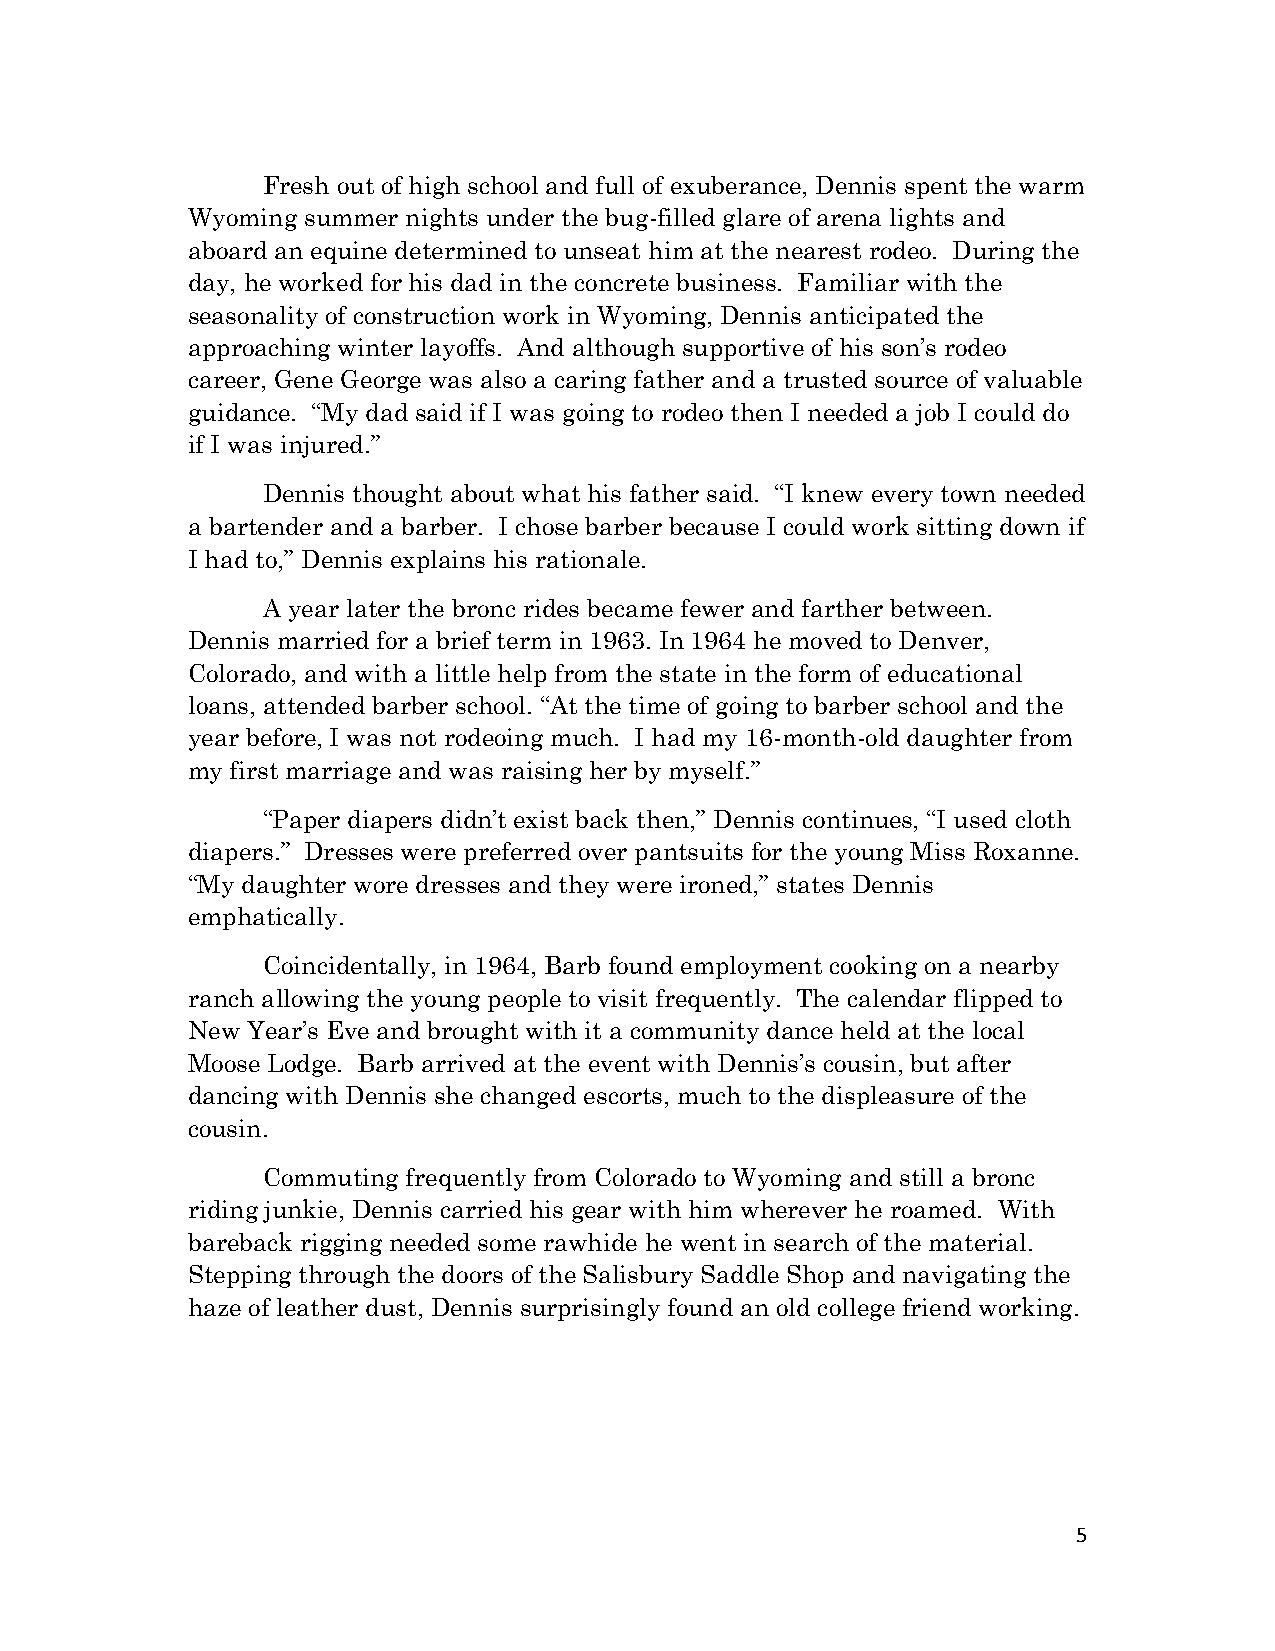
Fresh out of high school and full of exuberance, Dennis spent the warm
 Wyoming summer nights under the bug-filled glare of arena lights and
 aboard an equine determined to unseat him at the nearest rodeo. During the
 day, he worked for his dad in the concrete business. Familiar with the
 seasonality of construction work in Wyoming, Dennis anticipated the
 approaching winter layoffs. And although supportive of his son’s rodeo
 career, Gene George was also a caring father and a trusted source of valuable
 guidance. “My dad said if I was going to rodeo then I needed a job I could do
 if I was injured.”
 Dennis thought about what his father said. “I knew every town needed
 a bartender and a barber. I chose barber because I could work sitting down if
 I had to,” Dennis explains his rationale.
 A year later the bronc rides became fewer and farther between.
 Dennis married for a brief term in 1963. In 1964 he moved to Denver,
 Colorado, and with a little help from the state in the form of educational
 loans, attended barber school. “At the time of going to barber school and the
 year before, I was not rodeoing much. I had my 16-month-old daughter from
 my first marriage and was raising her by myself.”
 “Paper diapers didn’t exist back then,” Dennis continues, “I used cloth
 diapers.” Dresses were preferred over pantsuits for the young Miss Roxanne.
 “My daughter wore dresses and they were ironed,” states Dennis
 emphatically.
 Coincidentally, in 1964, Barb found employment cooking on a nearby
 ranch allowing the young people to visit frequently. The calendar flipped to
 New Year’s Eve and brought with it a community dance held at the local
 Moose Lodge. Barb arrived at the event with Dennis’s cousin, but after
 dancing with Dennis she changed escorts, much to the displeasure of the
 cousin.
 Commuting frequently from Colorado to Wyoming and still a bronc
 riding junkie, Dennis carried his gear with him wherever he roamed. With
 bareback rigging needed some rawhide he went in search of the material.
 Stepping through the doors of the Salisbury Saddle Shop and navigating the
 haze of leather dust, Dennis surprisingly found an old college friend working.
 5